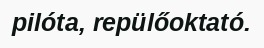
pilóta, repülőoktató.